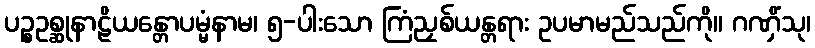
ပဉ္စဥစ္ဆုနာဠိယန္တောပမ္မံနာမ၊ ၅-ပါးသော ကြံညှစ်ယန္တရား ဥပမာမည်သည်ကို။ ဂဏှိံသု၊